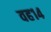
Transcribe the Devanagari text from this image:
वह१४